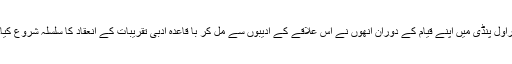
راول پنڈی میں اپنے قیام کے دوران انھوں نے اس علاقے کے ادیبوں سے مل کر با قاعدہ ادبی تقریبات کے انعقاد کا سلسلہ شروع کیا۔